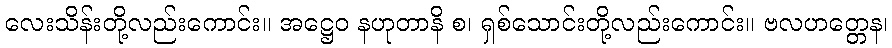
လေးသိန်းတို့လည်းကောင်း။ အဋ္ဌေဝ နဟုတာနိ စ၊ ရှစ်သောင်းတို့လည်းကောင်း။ ဗလဟတ္တေန၊